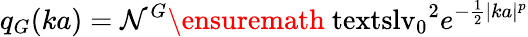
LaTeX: q_{G}(ka)=\mathcal{N}^{G}\ensuremath{\mathrm{\ textsl{v}}_{0}}^{2}e^{-\frac{1}{2}|ka|^{p}}